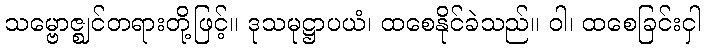
သမ္ဗောဇ္ဈင်တရားတို့ဖြင့်။ ဒုသမုဋ္ဌာပယံ၊ ထစေနိုင်ခဲသည်။ ဝါ၊ ထစေခြင်းငှါ